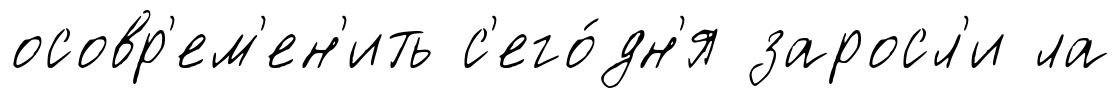
осовр'ем'ен'ить с'его́дн'я заросл'и ла